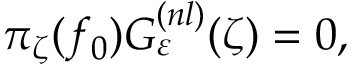
\pi _ { \zeta } ( f _ { 0 } ) G _ { \varepsilon } ^ { ( n l ) } ( \zeta ) = 0 ,